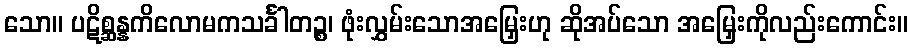
သော။ ပဋိစ္ဆန္နကိလောမကသင်္ခါတဉ္စ၊ ဖုံးလွှမ်းသောအမြှေးဟု ဆိုအပ်သော အမြှေးကိုလည်းကောင်း။